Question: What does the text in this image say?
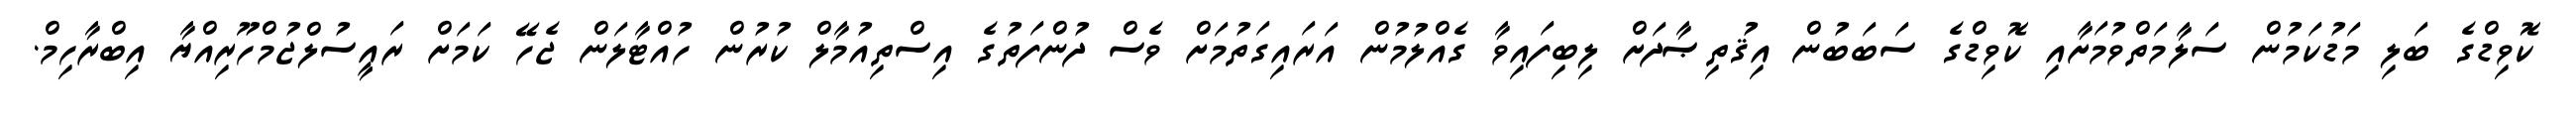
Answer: ކޮވިޑްގެ ބަލި މަޑުކަމުން ސަލާމަތްވުމަށާއި ކޮވިޑްގެ ސަބަބުން އިޤުތިޞާދަށް ލިބިފައިވާ ގެއްލުމުން އަރައިގަތުމަށް ވެސް ދުންފަތުގެ އިސްތިއުމާލް ކުރުން ހުއްޓާލަން ޖެހޭ ކަމަށް ރައީސުލްޖުމްހޫރިއްޔާ އިބްރާހިމް.